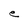
Character: e